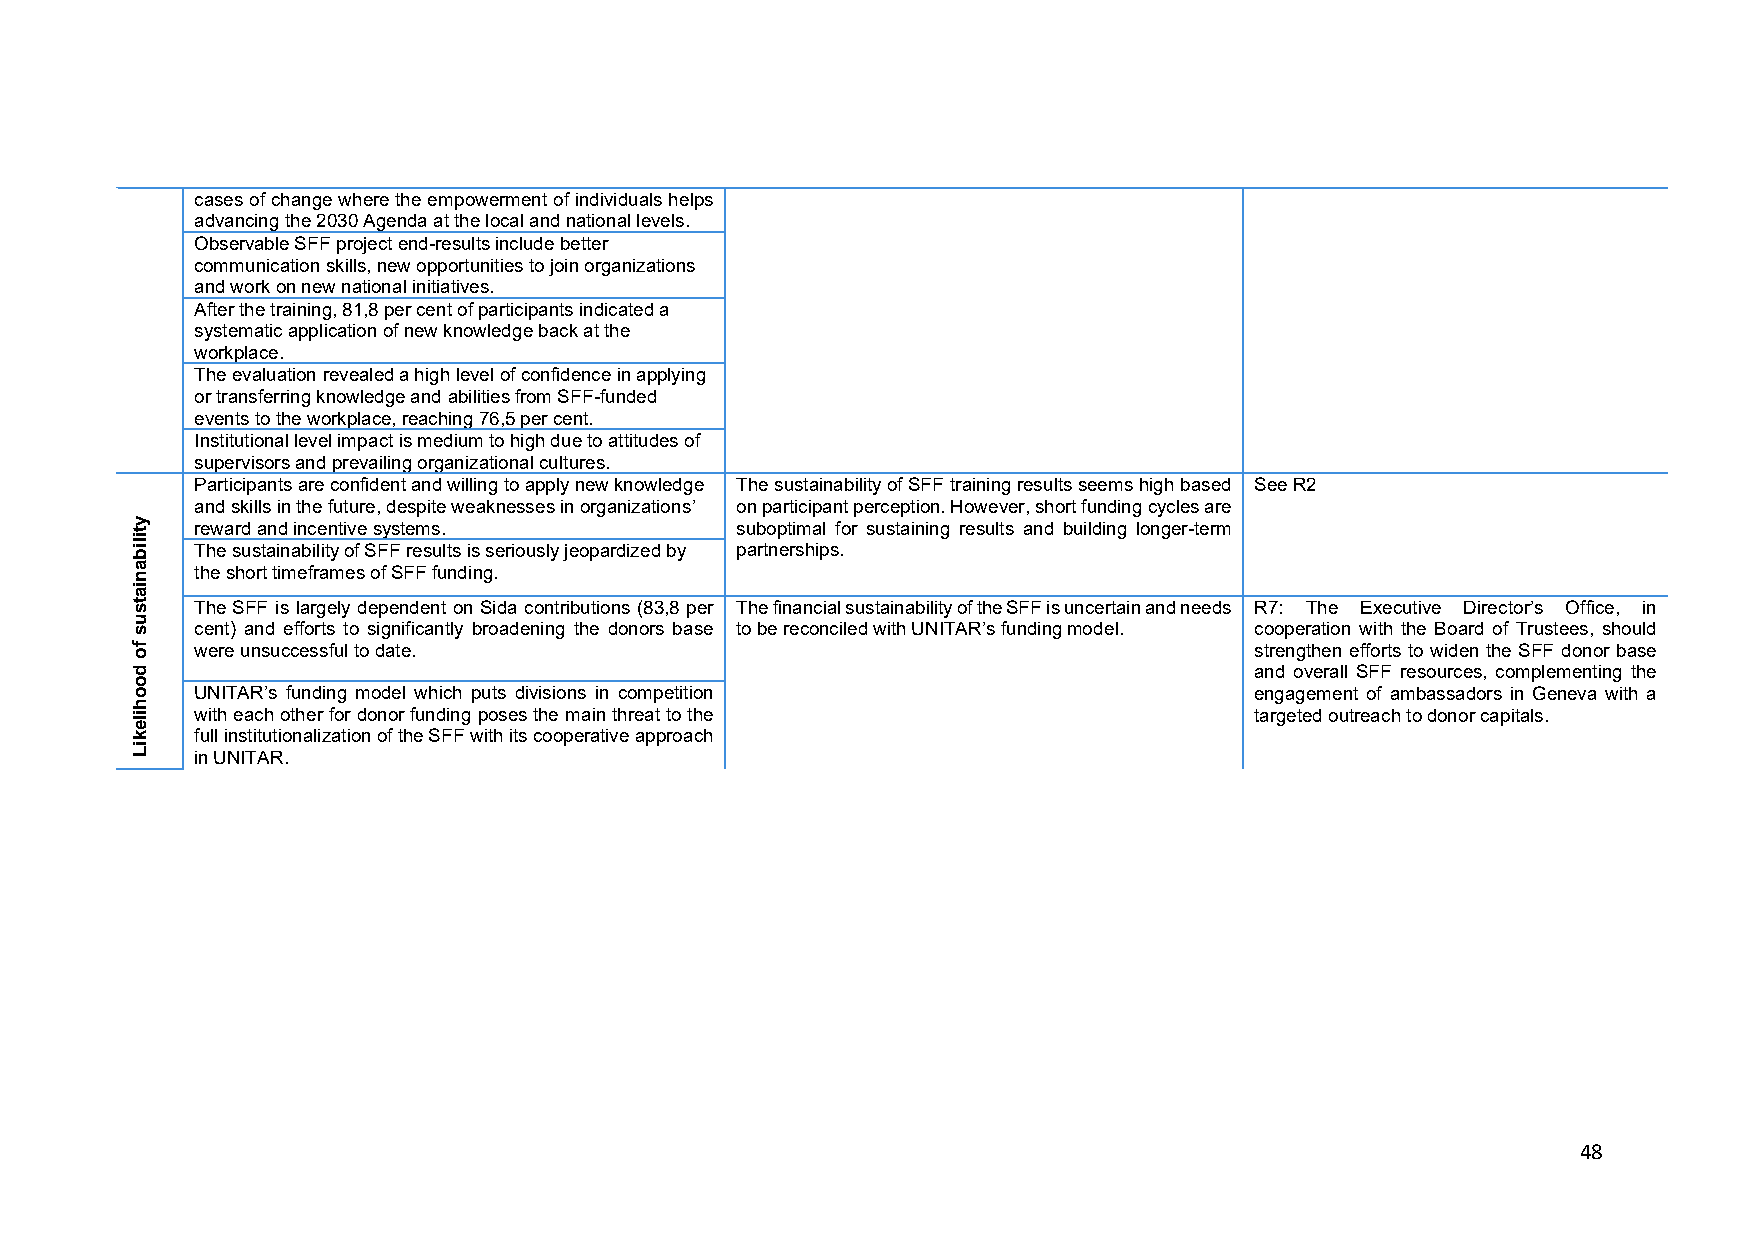
cases of change where the empowerment of individuals helps
 advancing the 2030 Agenda at the local and national levels.
 Observable SFF project end-results include better
 communication skills, new opportunities to join organizations
 and work on new national initiatives.
 After the training, 81,8 per cent of participants indicated a
 systematic application of new knowledge back at the
 workplace.
 The evaluation revealed a high level of confidence in applying
 or transferring knowledge and abilities from SFF-funded
 events to the workplace, reaching 76,5 per cent.
 Institutional level impact is medium to high due to attitudes of
 supervisors and prevailing organizational cultures.
 Participants are confident and willing to apply new knowledge The sustainability of SFF training results seems high based See R2
 and skills in the future, despite weaknesses in organizations’ on participant perception. However, short funding cycles are
 reward and incentive systems.       suboptimal for sustaining results and building longer-term
 The sustainability of SFF results is seriously jeopardized by partnerships.
 the short timeframes of SFF funding.
 The SFF is largely dependent on Sida contributions (83,8 per The financial sustainability of the SFF is uncertain and needs R7: The Executive Director’s Office, in
 cent) and efforts to significantly broadening the donors base to be reconciled with UNITAR’s funding model. cooperation with the Board of Trustees, should
 were unsuccessful to date.                                            strengthen efforts to widen the SFF donor base
 and overall SFF resources, complementing the
 UNITAR’s funding model which puts divisions in competition            engagement of ambassadors in Geneva with a
 with each other for donor funding poses the main threat to the        targeted outreach to donor capitals.
 full institutionalization of the SFF with its cooperative approach
 in UNITAR.
 48
 ytilibaniatsus
 fo
 doohilekiL